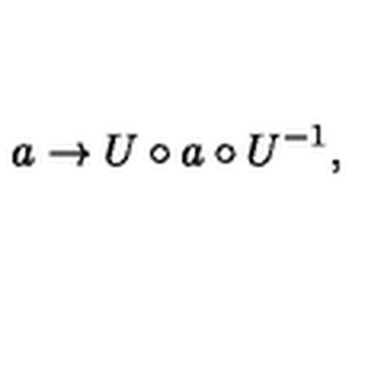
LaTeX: a \rightarrow U \circ a \circ U ^ { - 1 } ,